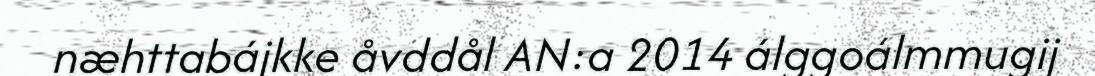
næhttabájkke åvddål AN:a 2014 álggoálmmugij